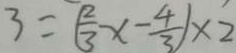
3 = ( \frac { 2 } { 3 } x - \frac { 4 } { 3 } ) \times 2